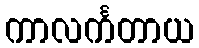
ကာလင်္ကတာယ